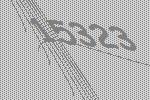
15323